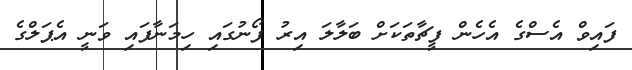
ފައިވް އެސްގެ އެހެން ފީޗާތަކަށް ބަލާލަ އިރު ފޯނުގައި ހިމަނާފައި ވަނީ އެޕަލްގެ